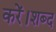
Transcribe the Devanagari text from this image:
करें।शब्द